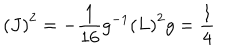
\left( J \right) ^ { 2 } = - \frac { 1 } { 1 6 } g ^ { - 1 } \left( L \right) ^ { 2 } g = \frac { 1 } { 4 }